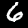
Digit: 6